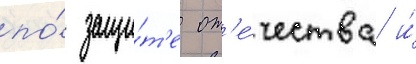
по́ защи́т'е от'е́чества и́